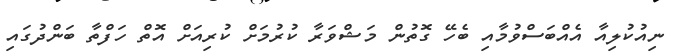
ނިއުކުލިއާ އެއްބަސްވުމާއި ބެހޭ ގޮތުން މަޝްވަރާ ކުރުމަށް ކުރިއަށް އޮތް ހަފްތާ ބަންދުގައި